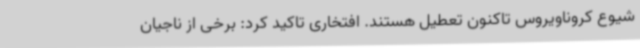
شیوع کروناویروس تاکنون تعطیل هستند. افتخاری تاکید کرد: برخی از ناجیان